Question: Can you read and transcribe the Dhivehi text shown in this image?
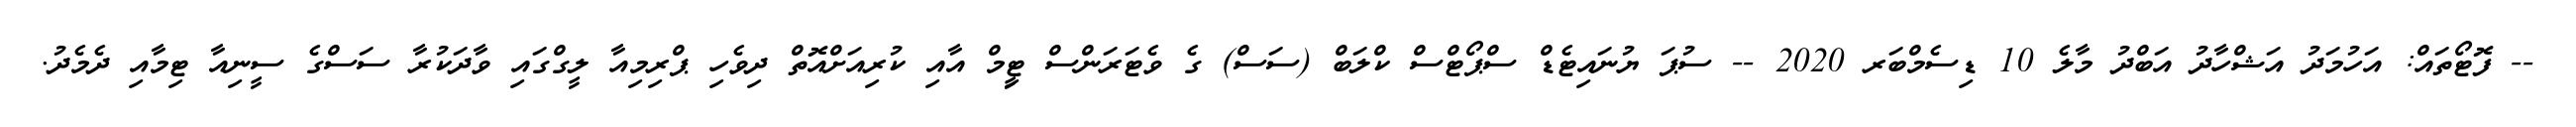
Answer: -- ފޮޓޯތައް: އަހުމަދު އަޝްހާދު އަބްދު މާލެ 10 ޑިސެމްބަރ 2020 -- ސުޕަ ޔުނައިޓެޑް ސްޕޯޓްސް ކްލަބް (ސަސް) ގެ ވެޓަރަންސް ޓިީމް އާއި ކުރިއަށްއޮތް ދިވެހި ޕްރިމިއާ ލީގްގައި ވާދަކުރާ ސަސްގެ ސީނިއާ ޓިމާއި ދެމެދު.